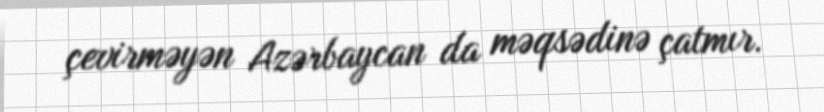
çevirməyən Azərbaycan da məqsədinə çatmır.